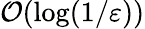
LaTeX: {\mathcal{O}}(\log(1/\varepsilon))